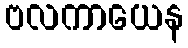
ဗလကာယေန